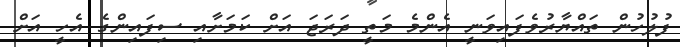
ފުލުހުން ތައްޔާރުވެފައިވަނީ އެންމެ މަތީ ދަރަޖަ އަށް ކަމަށާއި ސިފައިންގެ އެހީ އަށް